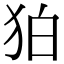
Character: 狛